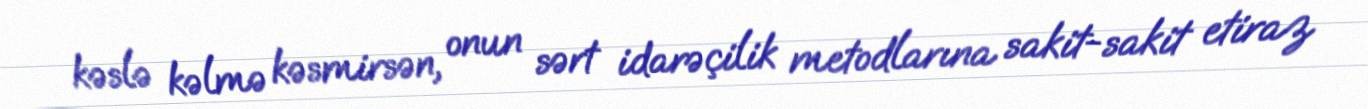
kəslə kəlmə kəsmirsən, onun sərt idarəçilik metodlarına sakit-sakit etiraz